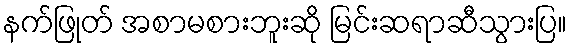
နက်ဖြုတ် အစာမစားဘူးဆို မြင်းဆရာဆီသွားပြ။